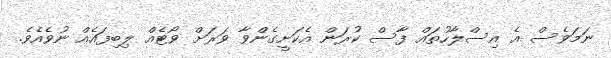
ނަމަވެސް އެ އިސްލާހުތައް ފާސް ކުރަން އެކަށީގެންވާ ވަރަށް ވޯޓެއް ލިބިފައެއް ނުވެއެވެ.